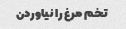
تخم مرغ را نیاوردن